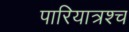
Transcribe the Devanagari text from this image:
पारियात्रश्च